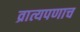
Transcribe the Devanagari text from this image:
व्रात्यपणाच